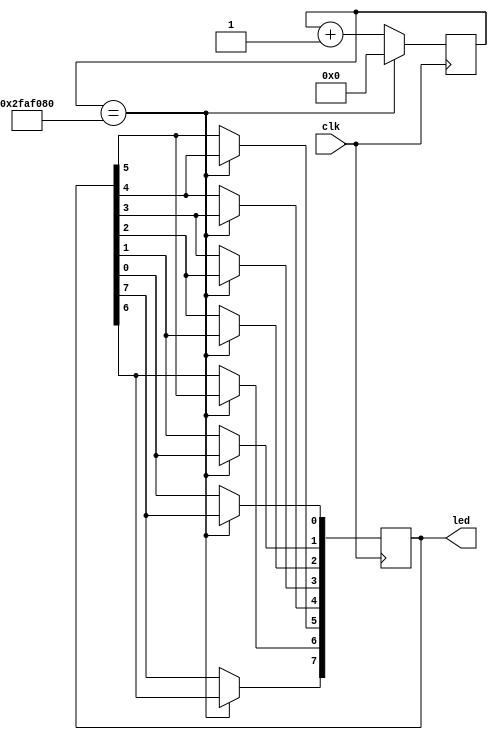
`timescale 1ns / 1ps
//////////////////////////////////////////////////////////////////////////////////
// Company: 
// Engineer: 
// 
// Design Name: 
// Module Name:    rippling_led 
// Project Name: 
// Target Devices: 
// Tool versions: 
// Description: 
//
// Dependencies: 
//
// Revision: 
// Revision 0.01 - File Created
// Additional Comments: 
//
//////////////////////////////////////////////////////////////////////////////////
`define SHIFT_TIME 50000000

module rippling_led(clk, led);
	input clk;
	output [7:0]led;
	reg [7:0]led = 8'b00000001;
	reg [31:0]counter = 32'b0;
	
	always @(posedge clk) begin
		counter <= counter + 1;
		if (counter == `SHIFT_TIME) begin
			led[1] <= led[0];
			led[2] <= led[1];
			led[3] <= led[2];
			led[4] <= led[3];
			led[5] <= led[4];
			led[6] <= led[5];
			led[7] <= led[6];
			led[0] <= led[7];
			counter <= 32'b0;
		end
			
	end
endmodule